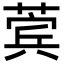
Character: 𬝯